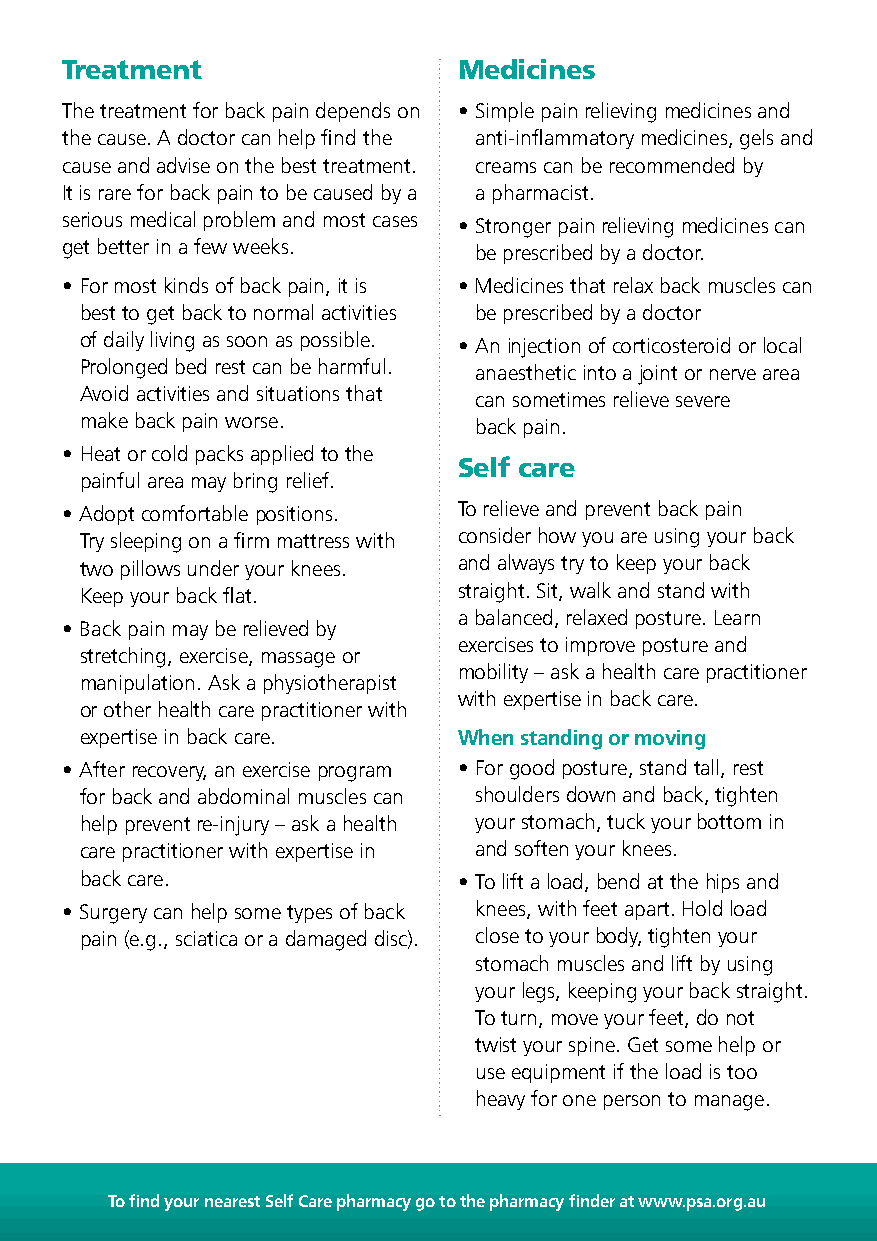
Treatment                 Medicines
 The treatment for back pain depends on • Simple pain relieving medicines and
 the cause. A doctor can help find the anti-inflammatory medicines, gels and
 cause and advise on the best treatment. creams can be recommended by
 It is rare for back pain to be caused by a a pharmacist.
 serious medical problem and most cases • Stronger pain relieving medicines can
 get better in a few weeks. be prescribed by a doctor.
 • For most kinds of back pain, it is • Medicines that relax back muscles can
 best to get back to normal activities be prescribed by a doctor
 of daily living as soon as possible. • An injection of corticosteroid or local
 Prolonged bed rest can be harmful. anaesthetic into a joint or nerve area
 Avoid activities and situations that can sometimes relieve severe
 make back pain worse.     back pain.
 • Heat or cold packs applied to the
 Self care
 painful area may bring relief.
 • Adopt comfortable positions. To relieve and prevent back pain
 Try sleeping on a firm mattress with consider how you are using your back
 two pillows under your knees. and always try to keep your back
 Keep your back flat.     straight. Sit, walk and stand with
 a balanced, relaxed posture. Learn
 • Back pain may be relieved by
 exercises to improve posture and
 stretching, exercise, massage or
 mobility – ask a health care practitioner
 manipulation. Ask a physiotherapist
 with expertise in back care.
 or other health care practitioner with
 expertise in back care.  When standing or moving
 • After recovery, an exercise program • For good posture, stand tall, rest
 for back and abdominal muscles can shoulders down and back, tighten
 help prevent re-injury – ask a health your stomach, tuck your bottom in
 care practitioner with expertise in and soften your knees.
 back care.               • To lift a load, bend at the hips and
 • Surgery can help some types of back knees, with feet apart. Hold load
 pain (e.g., sciatica or a damaged disc). close to your body, tighten your
 stomach muscles and lift by using
 your legs, keeping your back straight.
 To turn, move your feet, do not
 twist your spine. Get some help or
 use equipment if the load is too
 heavy for one person to manage.
 To find your nearest Self Care pharmacy go to the pharmacy finder at www.psa.org.au